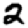
Digit: 2